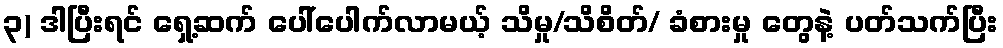
၃) ဒါပြီးရင် ရှေ့ဆက် ပေါ်ပေါက်လာမယ့် သိမှု/သိစိတ်/ ခံစားမှု တွေနဲ့ ပတ်သက်ပြီး